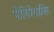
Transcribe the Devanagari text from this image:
पोलिमेराइज़िंग